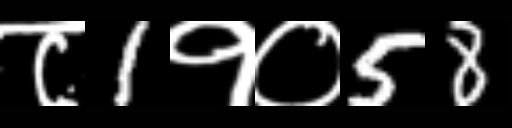
Text: ८1१०58